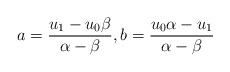
LaTeX: \begin{align*} a=\frac{u_1-u_0\beta}{\alpha-\beta},b=\frac{u_0\alpha-u_1}{\alpha-\beta}\end{align*}